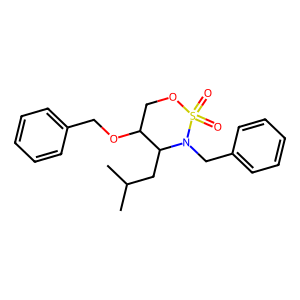
SMILES: CC(C)CC1C(OCc2ccccc2)COS(=O)(=O)N1Cc1ccccc1
Inhibits HIV replication: No